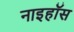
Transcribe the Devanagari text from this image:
नाइहॉस